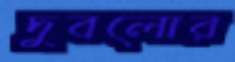
দুবলোর